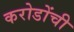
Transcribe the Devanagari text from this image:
करोडोंची